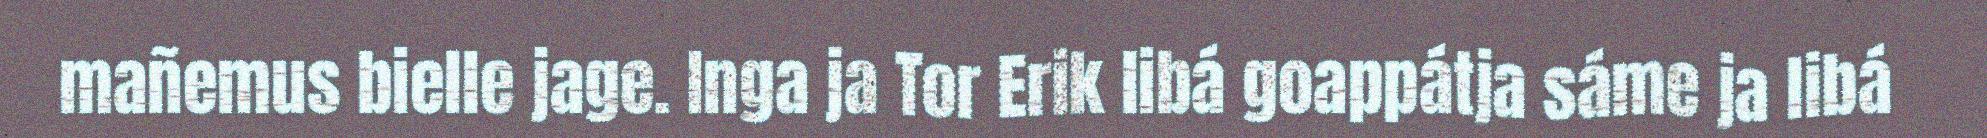
mañemus bielle jage. Inga ja Tor Erik libá goappátja sáme ja libá